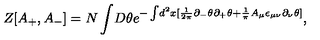
Z [ A _ { + } , A _ { - } ] = N \int \! D \theta e ^ { - \int \! d ^ { 2 } x [ \frac { 1 } { 2 \pi } \partial _ { - } \theta \partial _ { + } \theta + \frac { 1 } { \pi } A _ { \mu } \epsilon _ { \mu \nu } \partial _ { \nu } \theta ] } ,